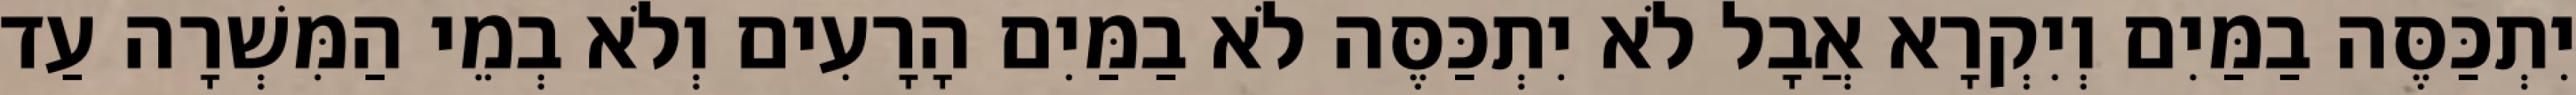
יִתְכַּסֶּה בַמַּיִם וְיִקְרָא אֲבָל לֹא יִתְכַּסֶּה לֹא בַמַּיִם הָרָעִים וְלֹא בְמֵי הַמִּשְׁרָה עַד